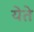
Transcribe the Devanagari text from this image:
येेते